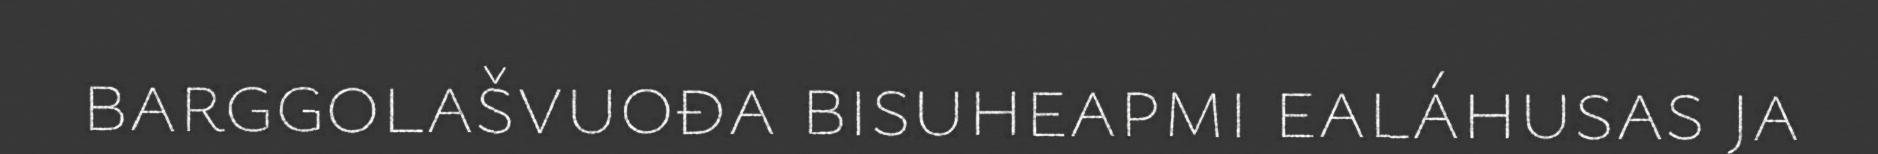
barggolašvuođa bisuheapmi ealáhusas ja